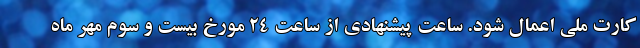
کارت ملی اعمال شود. ساعت پیشنهادی از ساعت ۲۴ مورخ بیست و سوم مهر ماه